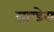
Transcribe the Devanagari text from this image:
ग्रान्डेस